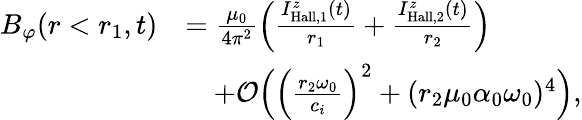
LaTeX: \begin{array}{rl}{B_{\varphi}(r<r_{1},t)}&{=\frac{\mu_{0}}{4\pi^{2}}\Big(\frac{I_{\mathrm{Hall},1}^{z}(t)}{r_{1}}+\frac{I_{\mathrm{Hall},2}^{z}(t)}{r_{2}}\Big)}\\ &{\quad+\mathcal{O}\Big(\Big(\frac{r_{2}\omega_{0}}{c_{i}}\Big)^{2}+(r_{2}\mu_{0}\alpha_{0}\omega_{0})^{4}\Big),}\end{array}